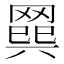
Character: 𦋭